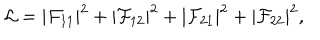
{ \cal L } = | { \cal F } _ { 1 1 } | ^ { 2 } + | { \cal F } _ { 1 2 } | ^ { 2 } + | { \cal F } _ { 2 1 } | ^ { 2 } + | { \cal F } _ { 2 2 } | ^ { 2 } ,